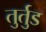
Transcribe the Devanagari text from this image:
तुर्तुड